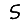
Digit: 5